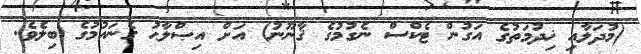
(މުދަލާއި ޚިދުމަތުގެ އަގުން ޓެކްސް ނެގުމުގެ ޤާނޫނު) އަށް އިޞްލާޙު ގެނައުމުގެ ބިލެވެ.